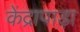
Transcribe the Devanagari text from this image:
केंद्रापाड़ा